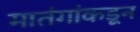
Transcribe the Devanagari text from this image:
मातंगांकडून